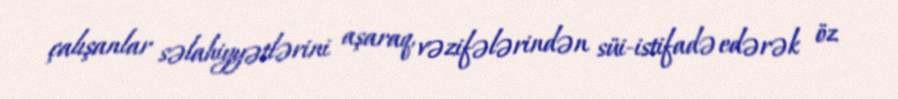
çalışanlar səlahiyyətlərini aşaraq, vəzifələrindən süi-istifadə edərək öz